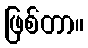
ဖြစ်တာ။